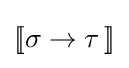
[\![\sigma \to \tau \,]\!]